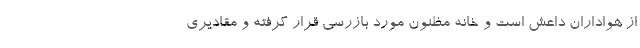
از هواداران داعش است و خانه مظنون مورد بازرسی قرار گرفته و مقادیری